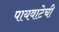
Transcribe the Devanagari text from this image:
पायवाटेची